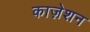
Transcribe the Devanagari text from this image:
काज़ेशन